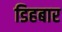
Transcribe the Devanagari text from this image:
डिहबार